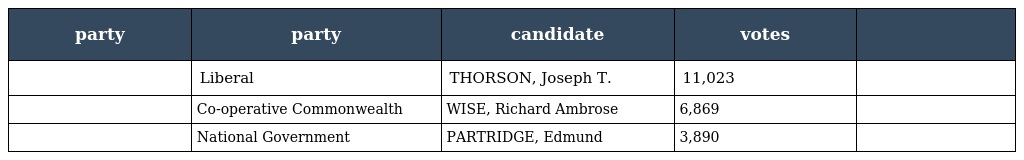
| party | party | candidate | votes |  |
 | --- | --- | --- | --- | --- |
 |  | Liberal | THORSON, Joseph T. | 11,023 |  |
 |  | Co-operative Commonwealth | WISE, Richard Ambrose | 6,869 |  |
 |  | National Government | PARTRIDGE, Edmund | 3,890 |  |